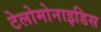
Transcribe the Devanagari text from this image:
टेलोमोनाइडिस